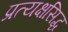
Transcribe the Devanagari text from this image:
प्रत्यक्षसिद्ध